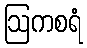
ဩကစရံ